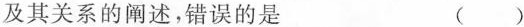
及其关系的阐述，错误的是 ( )